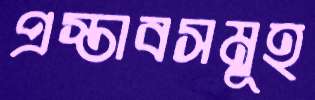
প্রস্তাবসমূহ